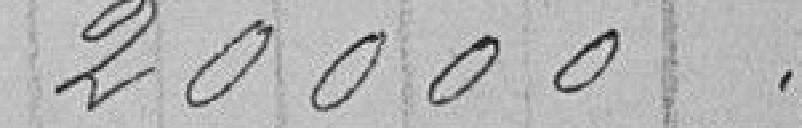
20 000